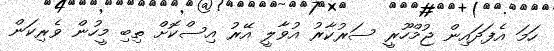
ހަމަ އެފަދައިން ޖުމްހޫރީ ސަރުކާރު އުވާލީ އޭރު އިސްކޮށް ތިބި މީހުން ވެރިކަން